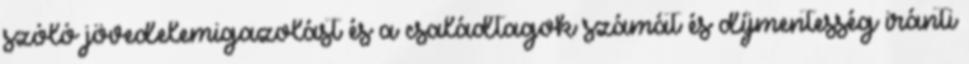
szóló jövedelemigazolást és a családtagok számát és díjmentesség iránti